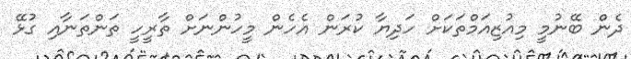
ދެން ބޭނުމީ މިއުޒިއަމްތަކަށް ހަދިޔާ ކުރަން އެހެން މީހުންނަށް ތާރީހީ ތަންތަނާއި ގުޅޭ